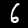
Label: 6